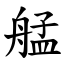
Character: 艋